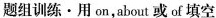
题组训练·用 on,about 或 of 填空